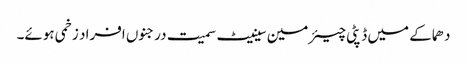
دھماکے میں ڈپٹی چیئرمین سینیٹ سمیت درجنوں افراد زخمی ہوئے۔